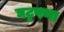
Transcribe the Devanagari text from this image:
घट्टपणा